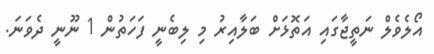
އޯލެވެލް ނަތީޖާގައި އަތޮޅަށް ބަލާއިރު މި ލިބެނީ ފަހަތުން 1 ނޫނީ ދެވަނަ.